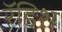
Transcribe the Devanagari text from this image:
रॅडिश